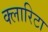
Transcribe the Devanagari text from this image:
क्लारिटा